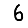
Digit: 6